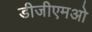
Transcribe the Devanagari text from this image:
डीजीएमओ